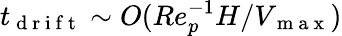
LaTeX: t_{\mathrm{~d~r~i~f~t~}}\sim O(Re_{p}^{-1}H/V_{\mathrm{~m~a~x~}})